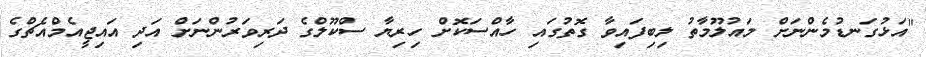
"އަޅުގަނޑުމެންނަށް މައުލޫމާތު ލިބިފައިވާ ގޮތުގައި ހާއްސަކޮށް ހިރިޔާ ސްކޫލްގެ ދަރިވަރުންނަށް އަދި އައިޖީއެމްއެޗްގެ